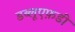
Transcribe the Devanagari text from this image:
डब्लूएफ़डी